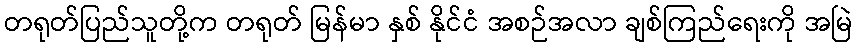
တရုတ်ပြည်သူတို့က တရုတ် မြန်မာ နှစ် နိုင်ငံ အစဉ်အလာ ချစ်ကြည်ရေးကို အမြဲ